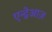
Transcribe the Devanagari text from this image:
एन्द्रेआज़